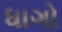
ધાગો